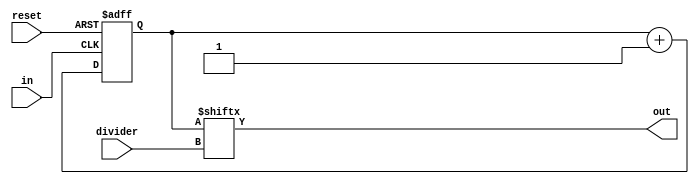
`ifndef CLOCKDIVIDER_V
`define CLOCKDIVIDER_V

module ClockDivider (
    input in,
    input reset,
    input [4:0] divider,
    output out
);

reg [31:0] sum;

assign out = sum[divider];

always @(posedge in or negedge reset) begin
    if (~reset) begin
        sum = 32'h0000_0000;
    end else begin
        sum = sum + 32'h0000_0001; 
    end
end

endmodule

`endif